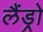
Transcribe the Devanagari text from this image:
लैंड्रो